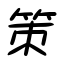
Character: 策